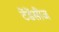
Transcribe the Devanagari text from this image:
टेंडेंसीज